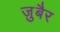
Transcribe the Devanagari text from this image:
जु़बैर